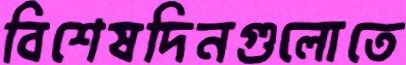
বিশেষদিনগুলোতে